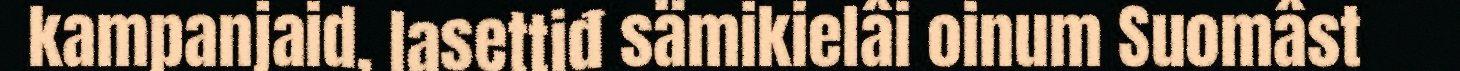
kampanjaid, lasettiđ sämikielâi oinum Suomâst